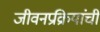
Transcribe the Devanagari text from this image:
जीवनप्रक्रियांची